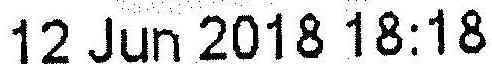
12 JUN 2018 18:18